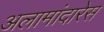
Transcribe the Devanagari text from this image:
अलामांदारेस